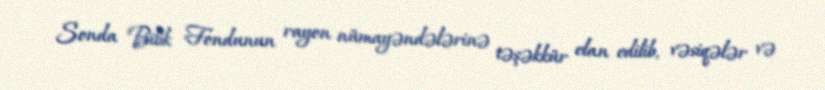
Sonda Bilik Fondunun rayon nümayəndələrinə təşəkkür elan edilib, vəsiqələr və